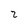
Character: 2